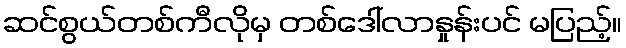
ဆင်စွယ်တစ်ကီလိုမှ တစ်ဒေါ်လာနှုန်းပင် မပြည့်။